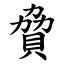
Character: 䝱